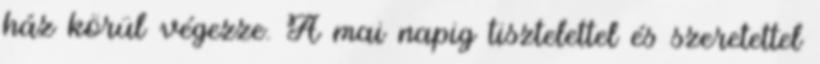
ház körül végezze. A mai napig tisztelettel és szeretettel